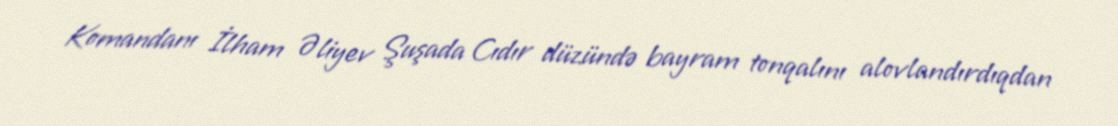
Komandanı İlham Əliyev Şuşada Cıdır düzündə bayram tonqalını alovlandırdıqdan